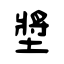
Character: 墏